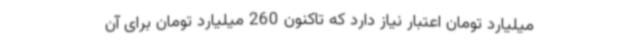
میلیارد تومان اعتبار نیاز دارد که تاکنون 260 میلیارد تومان برای آن